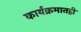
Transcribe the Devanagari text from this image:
कार्यक्रमातही